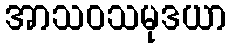
အာသဝသမုဒယာ